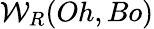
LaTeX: {\mathcal{W}}_{R}(Oh,Bo)